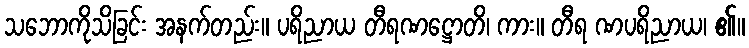
သဘောကိုသိခြင်း အနက်တည်း။ ပရိညာယ တီရဏဋ္ဌောတိ၊ ကား။ တီရ ဏပရိညာယ၊ ၏။